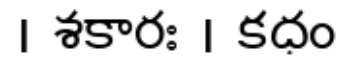
। శకారః । కధం